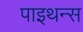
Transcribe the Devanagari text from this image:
पाइथन्स